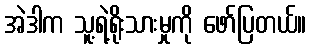
အဲဒါက သူ့ရဲ့ရိုးသားမှုကို ဖော်ပြတယ်။